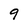
Character: 9